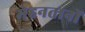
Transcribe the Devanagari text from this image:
मेहनतानों